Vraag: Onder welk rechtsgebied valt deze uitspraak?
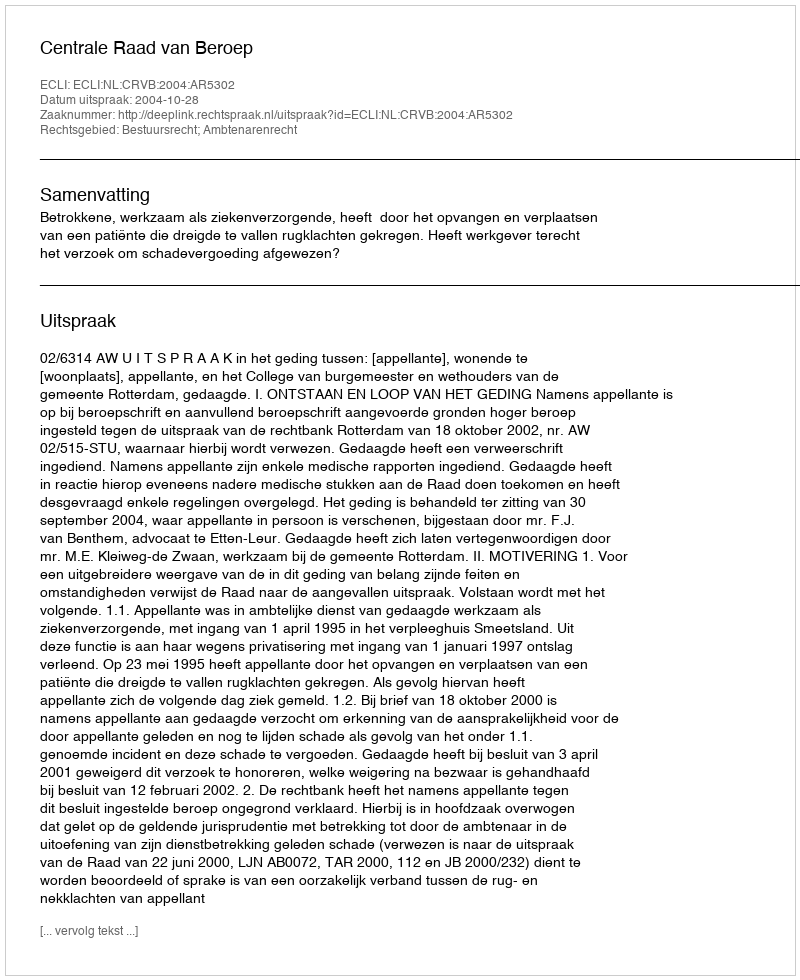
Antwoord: Bestuursrecht; Ambtenarenrecht